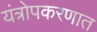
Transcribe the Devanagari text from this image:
यंत्रोपकरणात